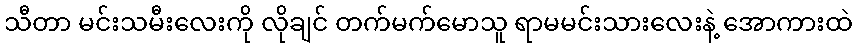
သီတာ မင်းသမီးလေးကို လိုချင် တက်မက်မောသူ ရာမမင်းသားလေးနဲ့ အောကားထဲ